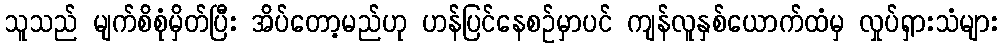
သူသည် မျက်စိစုံမှိတ်ပြီး အိပ်တော့မည်ဟု ဟန်ပြင်နေစဉ်မှာပင် ကျန်လူနှစ်ယောက်ထံမှ လှုပ်ရှားသံများ